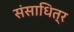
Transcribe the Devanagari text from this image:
संसाधित्र